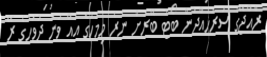
ރާއްޖޭގެ ސަރަހައްދުން ބޯޓު ބޭރަށް ނެރެ މިމަހުގެ އެއް ވަނަ ދުވަހުގެ ރޭ